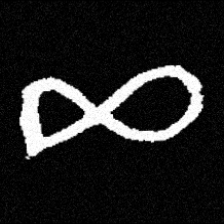
Pyu character \u2014 Myanmar letter: ဆ (romanized: cha)